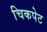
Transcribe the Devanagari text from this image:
चिकपेट